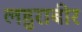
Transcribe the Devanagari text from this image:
लहुराबीर